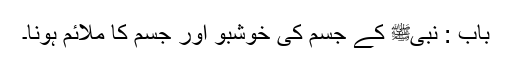
باب : نبیﷺ کے جسم کی خوشبو اور جسم کا ملائم ہونا۔